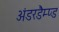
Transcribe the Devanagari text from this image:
अंडरडैम्प्ड